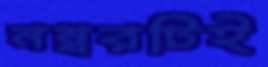
নম্বরটিই